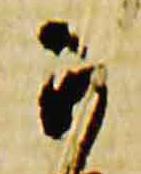
可